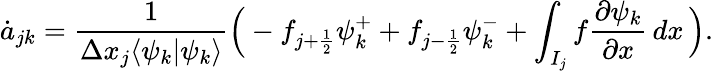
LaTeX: \dot{a}_{jk}=\frac{1}{\Delta x_{j}\langle\psi_{k}|\psi_{k}\rangle}\Big(-f_{j+\frac{1}{2}}\psi_{k}^{+}+f_{j-\frac{1}{2}}\psi_{k}^{-}+\int_{I_{j}}f\frac{\partial\psi_{k}}{\partial x}\mathop{dx}\Big).